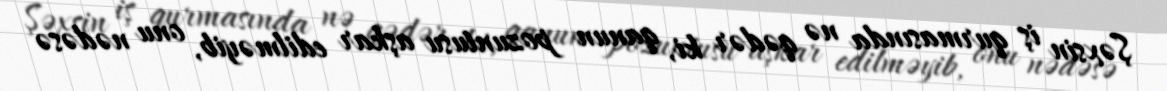
Şəxsin iş qurmasında nə qədər ki, qanun pozuntusu aşkar edilməyib, onu nədəsə